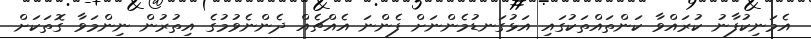
އެމަނިކުފާނު ކުރައްވާ ކަންތައްތަކުގައި އަޅުގަނޑުމެންނަށް ފެންނަ އެއްޗެއް ދެންނެވުމުގެ އިތުރުން ނިންމަވާ ގޮތަކަށް